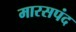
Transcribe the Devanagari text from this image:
मारसपंद